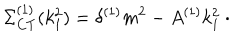
\Sigma _ { C T } ^ { ( 1 ) } ( k _ { 1 } ^ { 2 } ) = \delta ^ { ( 1 ) } m ^ { 2 } - A ^ { ( 1 ) } k _ { 1 } ^ { 2 } \ \cdot